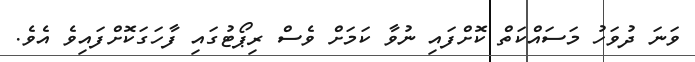
ވަނަ ދުވަހު މަސައްކަތް ކޮށްފައި ނުވާ ކަމަށް ވެސް ރިޕޯޓުގައި ފާހަގަކޮށްފައިވެ އެވެ.